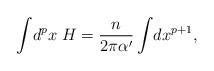
LaTeX: \begin{align*}\int\! d^px\; H = \frac{n}{2\pi\alpha^\prime} \int\! dx^{p+1},\end{align*}